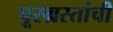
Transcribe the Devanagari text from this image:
पूरग्रस्तांची